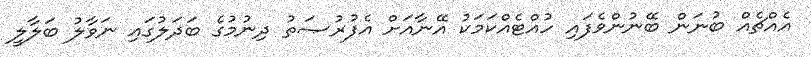
އެއްޗެއް ބުނަން ބޭނުންވެފައި ހުއްޓެއްކަމަކު އޭނާއަށް އެފުރުޞަތު ދިނުމުގެ ބަދަލުގައި ނަވާލު ބަލާލީ